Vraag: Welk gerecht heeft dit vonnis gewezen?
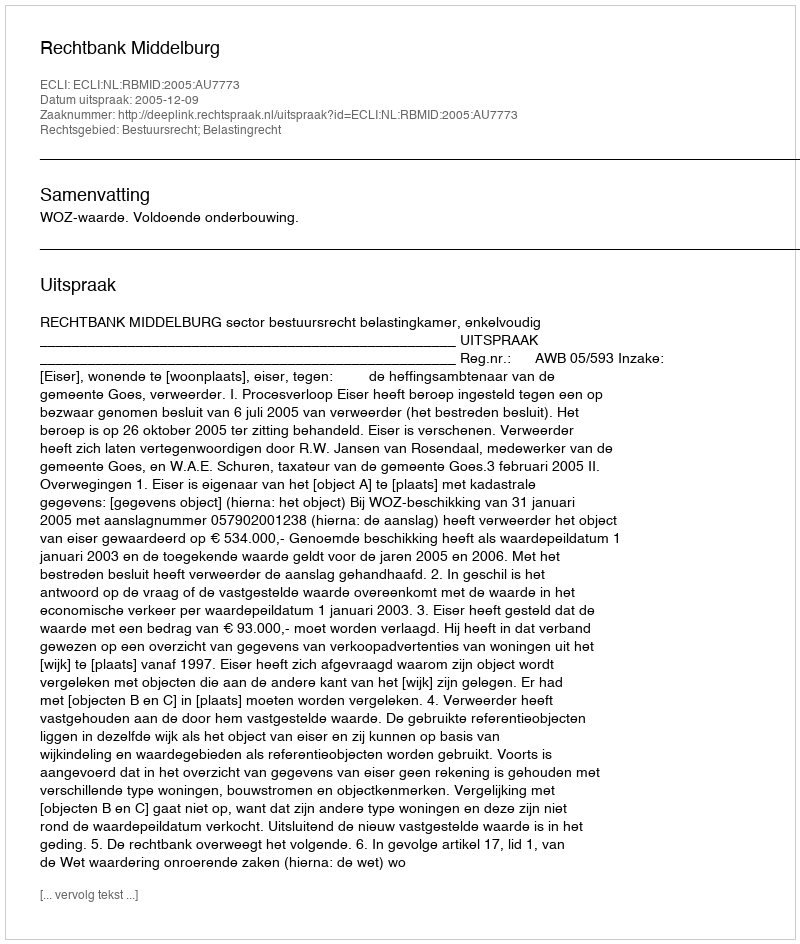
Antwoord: Rechtbank Middelburg